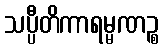
သပ္ပီတိကာရမ္မဏဉ္စ